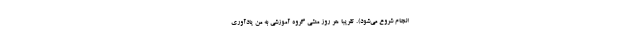
انجام شروع می‌شود). تقریباً هر روز منشی گروه آموزشی به من یادآوری